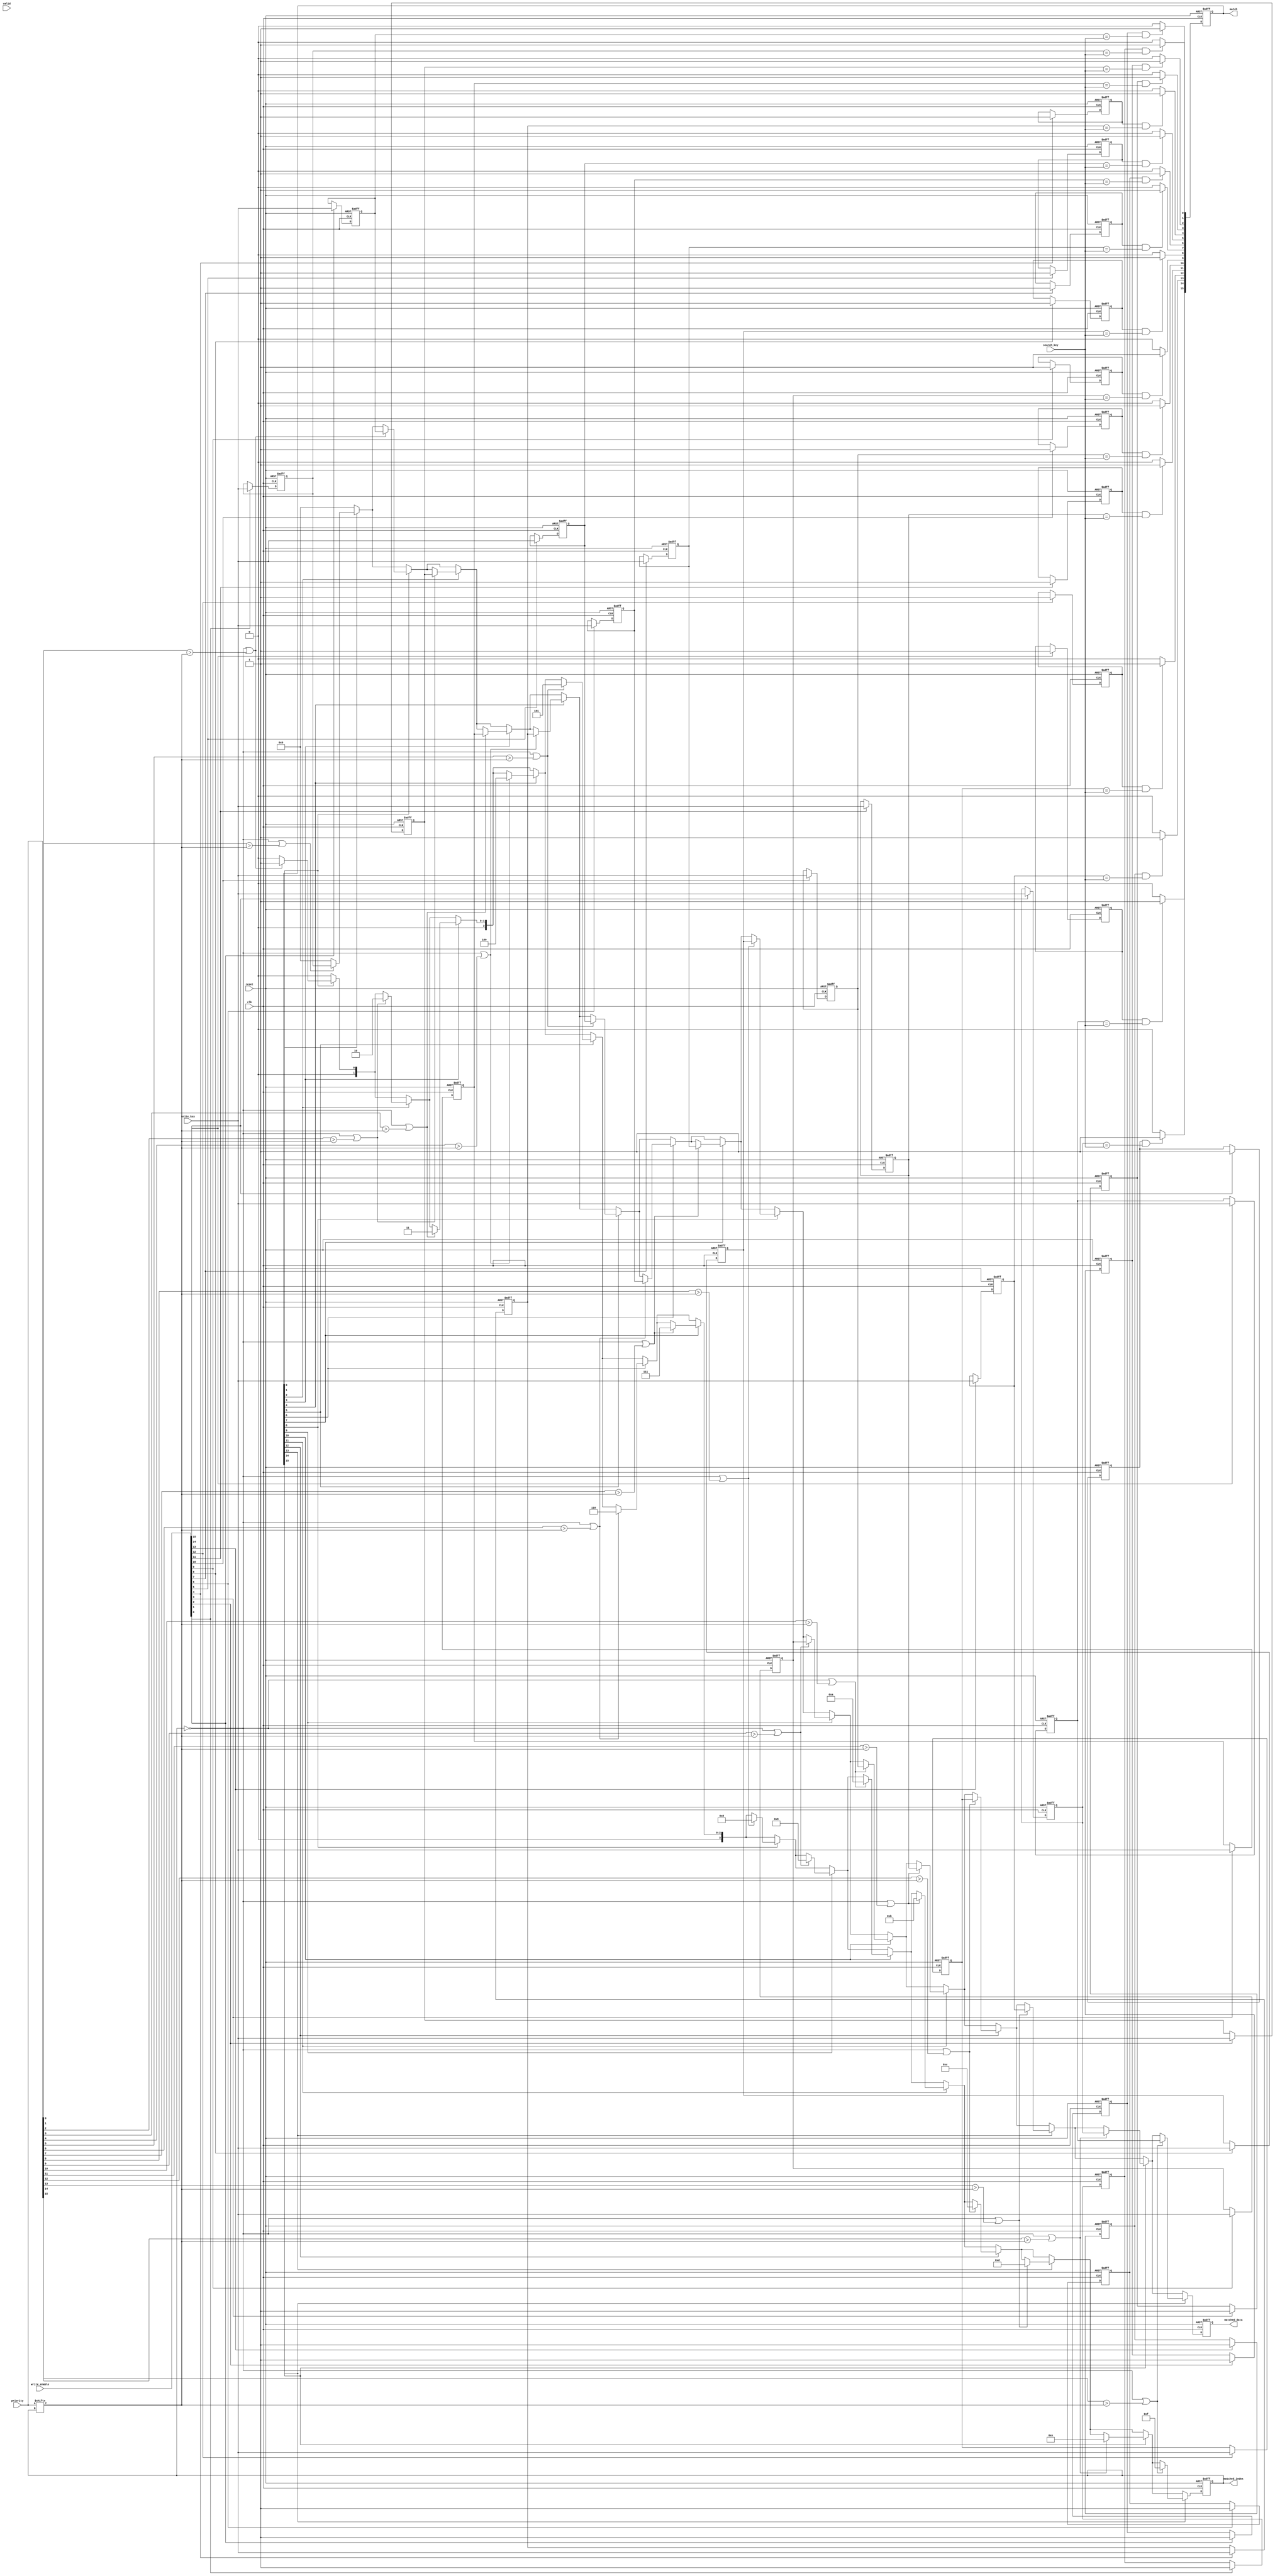
module PriorityCAM #(
    parameter ENTRY_WIDTH = 8, // Width of the key
    parameter NUM_ENTRIES = 16  // Number of entries in the CAM
)(
    input wire clk,
    input wire reset,
    input wire [ENTRY_WIDTH-1:0] search_key, // Input search key
    input wire [NUM_ENTRIES-1:0] valid,       // Valid bits for each entry
    input wire [NUM_ENTRIES-1:0] priority,    // Priority bits for each entry
    input wire [ENTRY_WIDTH-1:0] write_key,   // Key to write
    input wire [NUM_ENTRIES-1:0] write_enable, // Write enable for each entry
    output reg [NUM_ENTRIES-1:0] match,       // Match signals
    output reg [$clog2(NUM_ENTRIES)-1:0] matched_index, // Index of highest-priority match
    output reg [ENTRY_WIDTH-1:0] matched_data  // Data of the matched entry
);

// Memory array to store keys
reg [ENTRY_WIDTH-1:0] mem_key [0:NUM_ENTRIES-1];
reg [NUM_ENTRIES-1:0] mem_valid; // Valid bits for each entry

// Write operation
genvar i;
generate
    for (i = 0; i < NUM_ENTRIES; i = i + 1) begin : write_entry
        always @(posedge clk or posedge reset) begin
            if (reset) begin
                mem_key[i] <= 0;
                mem_valid[i] <= 0;
            end else if (write_enable[i]) begin
                mem_key[i] <= write_key;
                mem_valid[i] <= 1'b1; // Set valid bit
            end
        end
    end
endgenerate

// Search operation
integer j;
always @(posedge clk or posedge reset) begin
    if (reset) begin
        match <= 0;
        matched_index <= 0;
        matched_data <= 0;
    end else begin
        match <= 0; // Clear match signals
        for (j = 0; j < NUM_ENTRIES; j = j + 1) begin
            if (mem_valid[j] && (mem_key[j] == search_key)) begin
                match[j] <= 1'b1; // Set match signal if valid and key matches
            end
        end
        
        // Priority encoder to find the highest-priority match
        matched_index <= 0;
        matched_data <= 0;
        for (j = 0; j < NUM_ENTRIES; j = j + 1) begin
            if (match[j]) begin
                if (matched_index == 0 || priority[j] > priority[matched_index]) begin
                    matched_index <= j; // Update matched index if a higher priority match is found
                    matched_data <= mem_key[j]; // Update matched data
                end
            end
        end
    end
end

endmodule